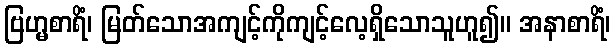
ဗြဟ္မစာရိံ၊ မြတ်သောအကျင့်ကိုကျင့်လေ့ရှိသောသူဟူ၍။ အနာစာရိံ၊